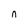
Character: n